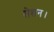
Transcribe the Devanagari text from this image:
रोशन।